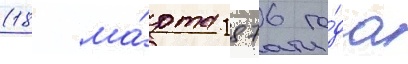
(18 ма́рта 1876 го́да